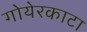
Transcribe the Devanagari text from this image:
गोयेरकाटा